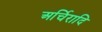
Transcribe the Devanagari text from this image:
अर्चिरादि